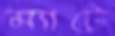
ম্যাটে